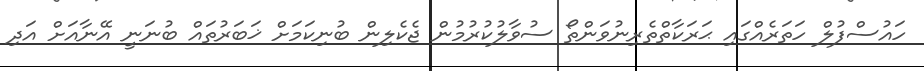
ހައުސްފުލް ހަތަރެއްގައި ޙަރަކާތްތެރިނުވަންތޯ ސުވާލުކުރުމުން ޖެކެލިން ބުނިކަމަށް ޚަބަރުތައް ބުނަނީ އޭނާއަށް އަދި